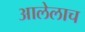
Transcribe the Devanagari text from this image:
आलेलाच